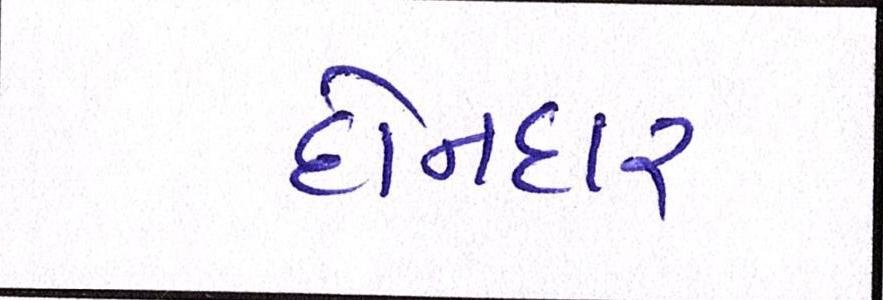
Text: દોનદાર